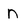
Character: n